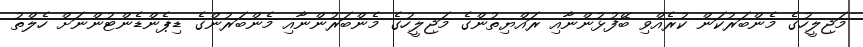
މަޖިލީހުގެ މެންބަރުކަން ކުރެއްވި ބޭފުޅުންނާއި ރައްޔިތުންގެ މަޖިލީހުގެ މެންބަރުންނާއި މެންބަރުންގެ ޑިޕެންޑެންޓުންނަށް ހެލްތު